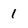
Character: 1